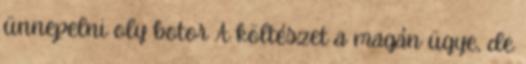
ünnepelni oly botor A költészet a magán ügye, de